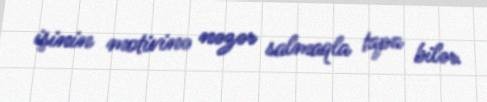
işinin motivinə nəzər salmaqla tapa bilər.